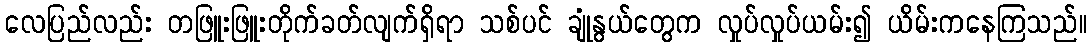
လေပြည်လည်း တဖြူးဖြူးတိုက်ခတ်လျက်ရှိရာ သစ်ပင် ချုံနွယ်တွေက လှုပ်လှုပ်ယမ်း၍ ယိမ်းကနေကြသည်။